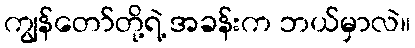
ကျွန်တော်တို့ရဲ့ အခန်းက ဘယ်မှာလဲ။